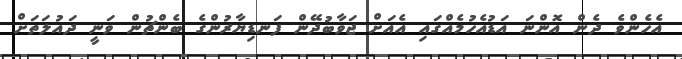
އެހެންވެ ދެން އޮންނަ އަޑުއެހުމެއްގައި އެއަށް ޖަވާބުދޭން ފަނޑިޔާރުންގެ ބެންޗުން ވަނީ ދައުލަތަށް